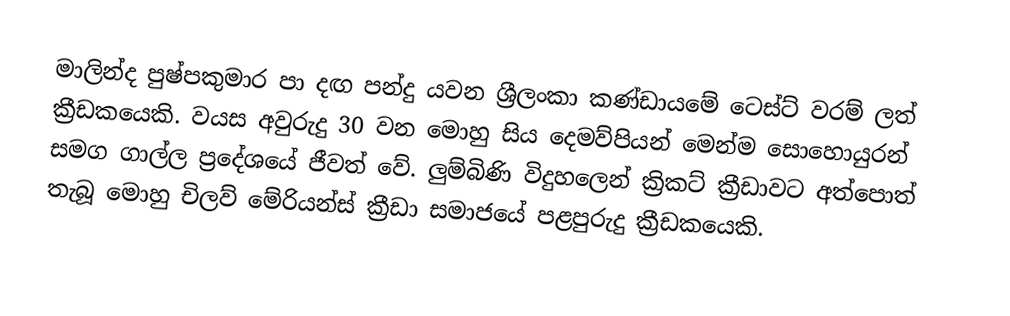
මාලින්ද පුෂ්පකුමාර පා දඟ පන්දු යවන ශ්‍රීලංකා කණ්ඩායමේ ටෙස්ට් වරම් ලත් ක්‍රීඩකයෙකි. වයස අවුරුදු 30 වන මොහු සිය දෙමව්පියන් මෙන්ම සොහොයුරන් සමග ගාල්ල ප්‍රදේශයේ ජීවත් වේ. ලුම්බිණි විදුහලෙන් ක්‍රිකට් ක්‍රීඩාවට අත්පොත් තැබූ මොහු චිලව් මේරියන්ස්‌ ක්‍රීඩා සමාජයේ පළපුරුදු ක්‍රීඩකයෙකි.